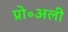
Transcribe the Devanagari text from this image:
प्रो॰अली